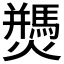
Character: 𰟷